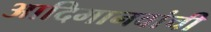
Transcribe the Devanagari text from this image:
आदिमानवांची